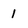
Character: l